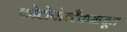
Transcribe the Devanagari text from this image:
फोटोवोल्टैकमाजूल